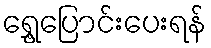
ရွှေ့ပြောင်းပေးရန်